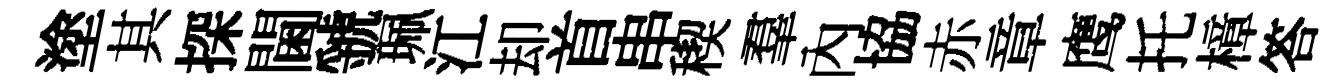
塗其探閫虢珮江却首串稧羣內協赤章鹰托樟答